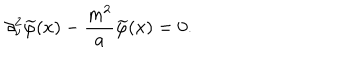
\partial _ { \nu } ^ { 2 } \widetilde { \varphi } ( x ) - \frac { m ^ { 2 } } { a } \widetilde { \varphi } ( x ) = 0 .